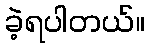
ခဲ့ရပါတယ်။